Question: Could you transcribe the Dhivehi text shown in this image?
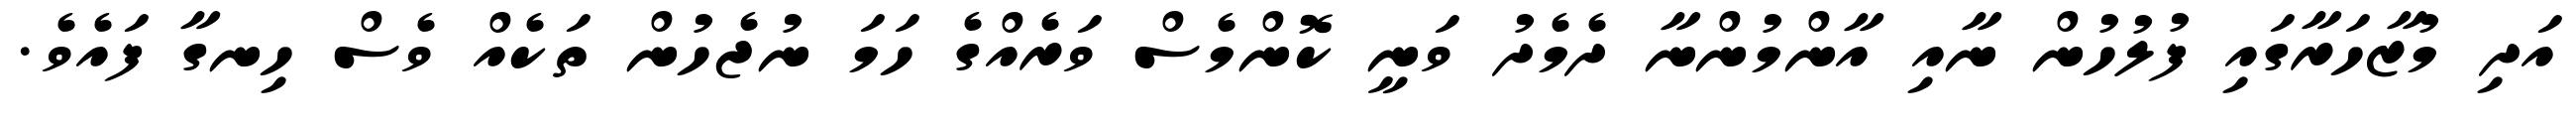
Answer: އަދި މުޒާހަރާގައި ފުލުހުން ނާއި އާންމުންނާ ދެމެދު ވަނީ ކޮންމެސް ވަރެއްގެ ހަމަ ނުޖެހުން ތަކެއް ވެސް ހިނގާ ފައެވެ.